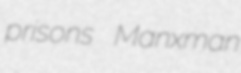
prisons Manxman